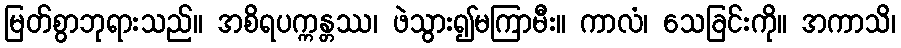
မြတ်စွာဘုရားသည်။ အစိရပက္ကန္တဿ၊ ဖဲသွား၍မကြာမီး။ ကာလံ၊ သေခြင်းကို။ အကာသိ၊